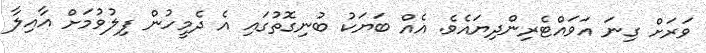
ވަރަށް ގިނަ އަވައްޓެރިންދިޔައެވެ. އެއް ބަޔަކު ބުނިގޮތުގައި އެ ދެމީހުން ފިލުވުމަށް އާއިލާ